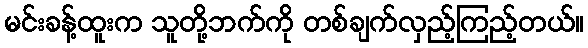
မင်းခန့်ထူးက သူတို့ဘက်ကို တစ်ချက်လှည့်ကြည့်တယ်။